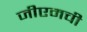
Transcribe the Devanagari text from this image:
जीएमची